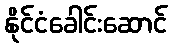
နိုင်ငံခေါင်းဆောင်